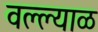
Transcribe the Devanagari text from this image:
वल्ल्याळ